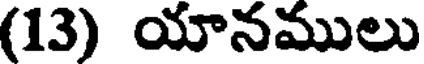
(13) యానములు